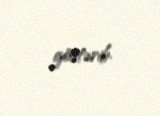
göstərib.